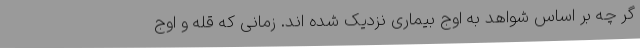
گر چه بر اساس شواهد به اوج بیماری نزدیک شده اند. زمانی که قله و اوج